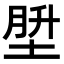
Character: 𪣪